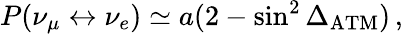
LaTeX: P(\nu_{\mu}\leftrightarrow\nu_{e})\simeq a(2-\sin^{2}\Delta_{\mathrm{ATM}})\, ,